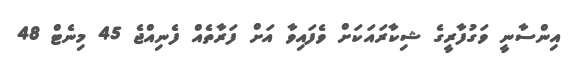
އިންސާނީ ވަގުފާރީގެ ޝިކާރައަކަށް ވެފައިވާ އަށް ފަރާތެއް ފެނިއްޖެ 45 މިނެޓް 48